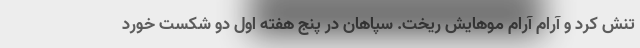
تنش کرد و آرام آرام موهایش ریخت. سپاهان در پنج هفته اول دو شکست خورد